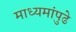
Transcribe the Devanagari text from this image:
माध्यमांपुढे